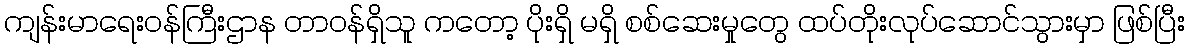
ကျန်းမာရေးဝန်ကြီးဌာန တာဝန်ရှိသူ ကတော့ ပိုးရှိ မရှိ စစ်ဆေးမှုတွေ ထပ်တိုးလုပ်ဆောင်သွားမှာ ဖြစ်ပြီး